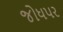
જોધપર